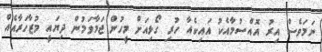
ނަމަވެސް އިރު އޮއްސުމާއެކު އައިކެއާ ހުރި ގޯޅިއަށް މީހުން ޖަމާވަމުން ދިޔައީ މުޒާހަރާއެއް